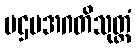
ပဌမအဂတိသုတ္တံ